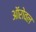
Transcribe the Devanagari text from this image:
ऑरोवल